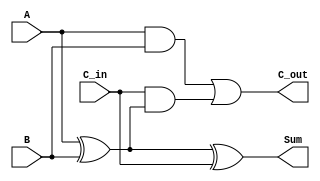
module ripple_carry_full_adder (
    input wire A,        // First input bit
    input wire B,        // Second input bit
    input wire C_in,     // Carry-in bit
    output wire Sum,     // Sum output
    output wire C_out    // Carry-out output
);

// Intermediate signals
wire A_B_xor;          // XOR result of A and B

// Calculate Sum
assign A_B_xor = A ^ B;         // A XOR B
assign Sum = A_B_xor ^ C_in;    // (A XOR B) XOR C_in

// Calculate Carry-out
assign C_out = (A & B) | (C_in & A_B_xor); // (A AND B) OR (C_in AND (A XOR B))

endmodule